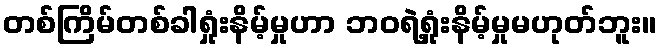
တစ်ကြိမ်တစ်ခါရှုံးနိမ့်မှုဟာ ဘဝရဲ့ရှုံးနိမ့်မှုမဟုတ်ဘူး။